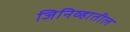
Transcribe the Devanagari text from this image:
जिनिव्हातील